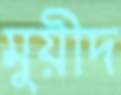
মুয়ীদ